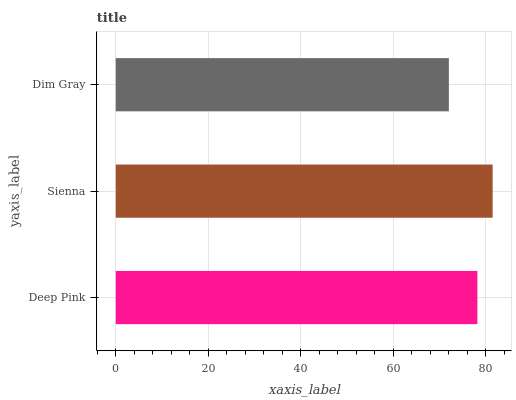
| yaxis_label | bars |
 | --- | --- |
 | Deep Pink | 78.2 |
 | Sienna | 81.5 |
 | Dim Gray | 72 |